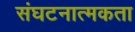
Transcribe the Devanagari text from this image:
संघटनात्मकता